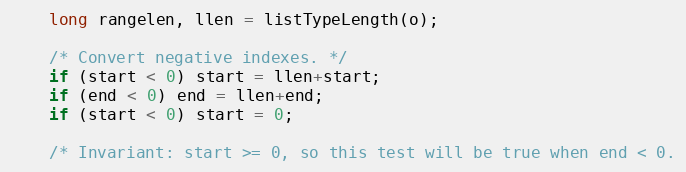
Language: C
    long rangelen, llen = listTypeLength(o);

    /* Convert negative indexes. */
    if (start < 0) start = llen+start;
    if (end < 0) end = llen+end;
    if (start < 0) start = 0;

    /* Invariant: start >= 0, so this test will be true when end < 0.